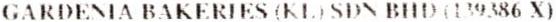
GARDENIA BAKERIES (KL) SDN BHD (139386 X)